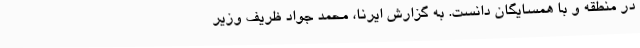
در منطقه و با همسایگان دانست. به گزارش ایرنا، محمد جواد ظریف وزیر